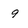
Character: 9